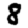
Digit: 8